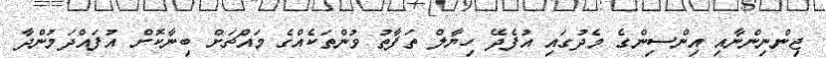
ޖިންނިންނާއި އިންސިންގެ މެދުގައި އުފެދޭ ހިޔާލް ތަފާތު ވުންތަކެއްގެ މައްޗަށް ބިނާކޮށް އުފައްދަމުންދާ